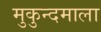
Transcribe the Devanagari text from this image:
मुकुन्दमाला